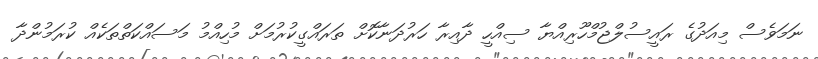
ނަމަވެސް މިއަދުގެ ރައީސުލްޖުމްހޫރިއްޔާ ސިއްހީ ދާއިރާ ހަރުދަނާކޮށް ތަރައްގީކުރުމަށް މުހިއްމު މަސައްކަތްތަކެއް ކުރަމުންދާ